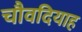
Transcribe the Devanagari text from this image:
चौवदियाह